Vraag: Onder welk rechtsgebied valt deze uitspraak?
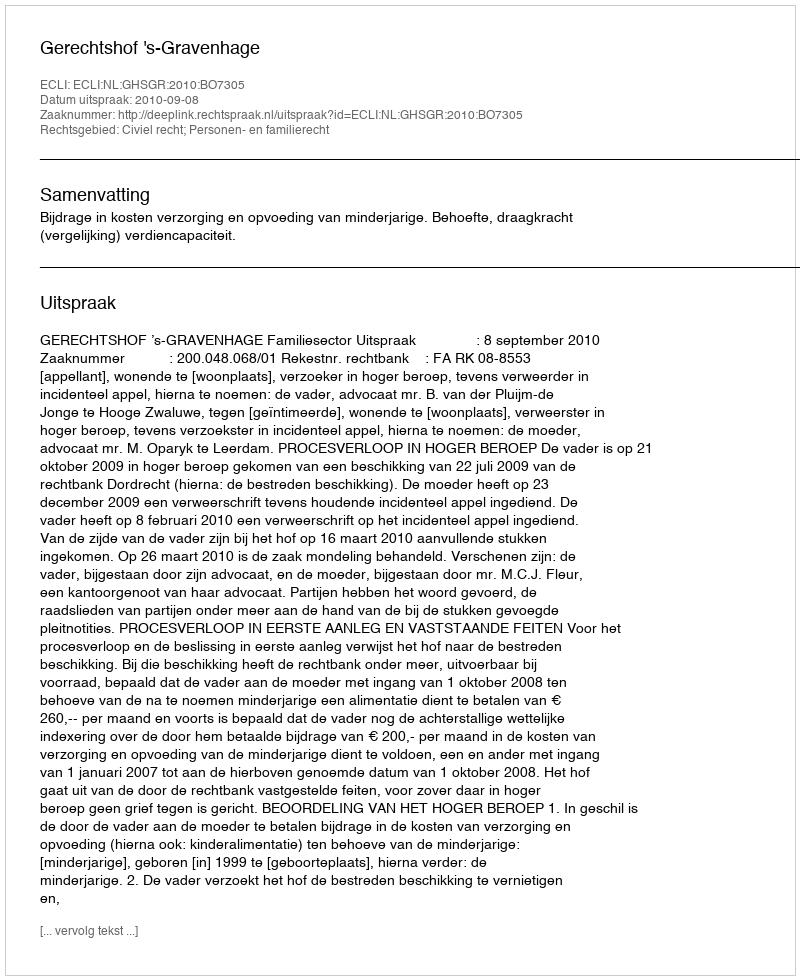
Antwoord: Civiel recht; Personen- en familierecht